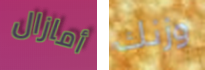
أمازال وزنك